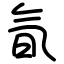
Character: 氜